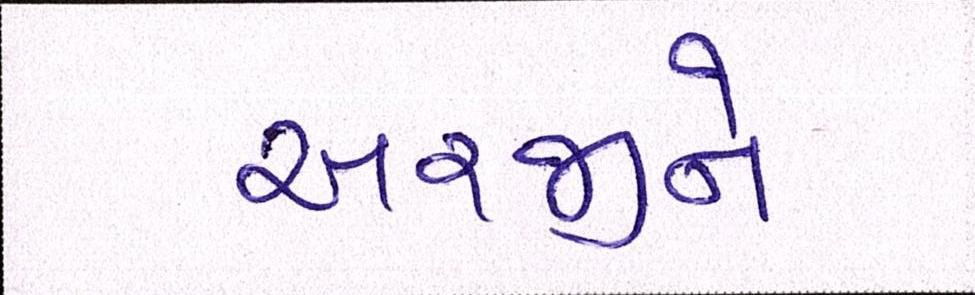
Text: અરજીને